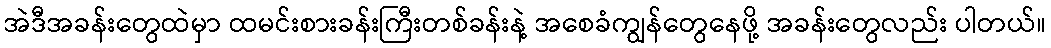
အဲဒီအခန်းတွေထဲမှာ ထမင်းစားခန်းကြီးတစ်ခန်းနဲ့ အစေခံကျွန်တွေနေဖို့ အခန်းတွေလည်း ပါတယ်။